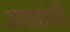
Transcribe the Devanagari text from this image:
आप्तांनीं